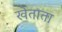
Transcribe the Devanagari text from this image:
खेताता